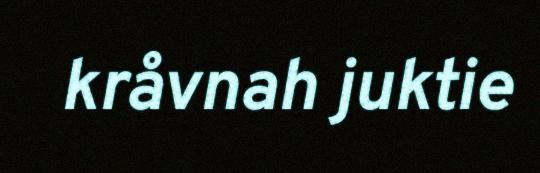
kråvnah juktie